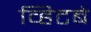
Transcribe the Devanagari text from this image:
व्हिटबे